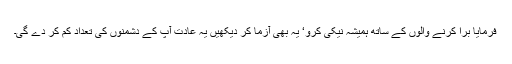
فرمایا برا کرنے والوں کے ساتھ ہمیشہ نیکی کرو‘ یہ بھی آزما کر دیکھیں یہ عادت آپ کے دشمنوں کی تعداد کم کر دے گی۔